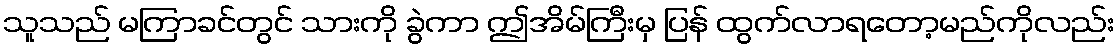
သူသည် မကြာခင်တွင် သားကို ခွဲကာ ဤအိမ်ကြီးမှ ပြန် ထွက်လာရတော့မည်ကိုလည်း